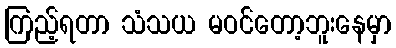
ကြည့်ရတာ သံသယ မဝင်တော့ဘူးနေမှာ